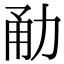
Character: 勈